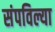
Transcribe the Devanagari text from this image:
संपविल्या